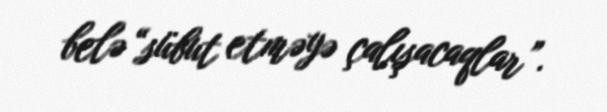
belə “sübut etməyə çalışacaqlar”.